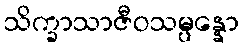
သိက္ခာသာဇီဝသမ္ပန္နော